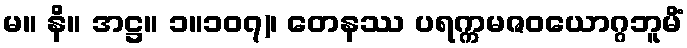
မ။ နိ။ အဋ္ဌ။ ၁။၁၀၇)၊ တေနဿ ပရက္ကမဇဝယောဂ္ဂဘူမိံ